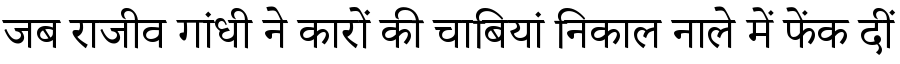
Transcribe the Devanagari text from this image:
जब राजीव गांधी ने कारों की चाबियां निकाल नाले में फेंक दीं